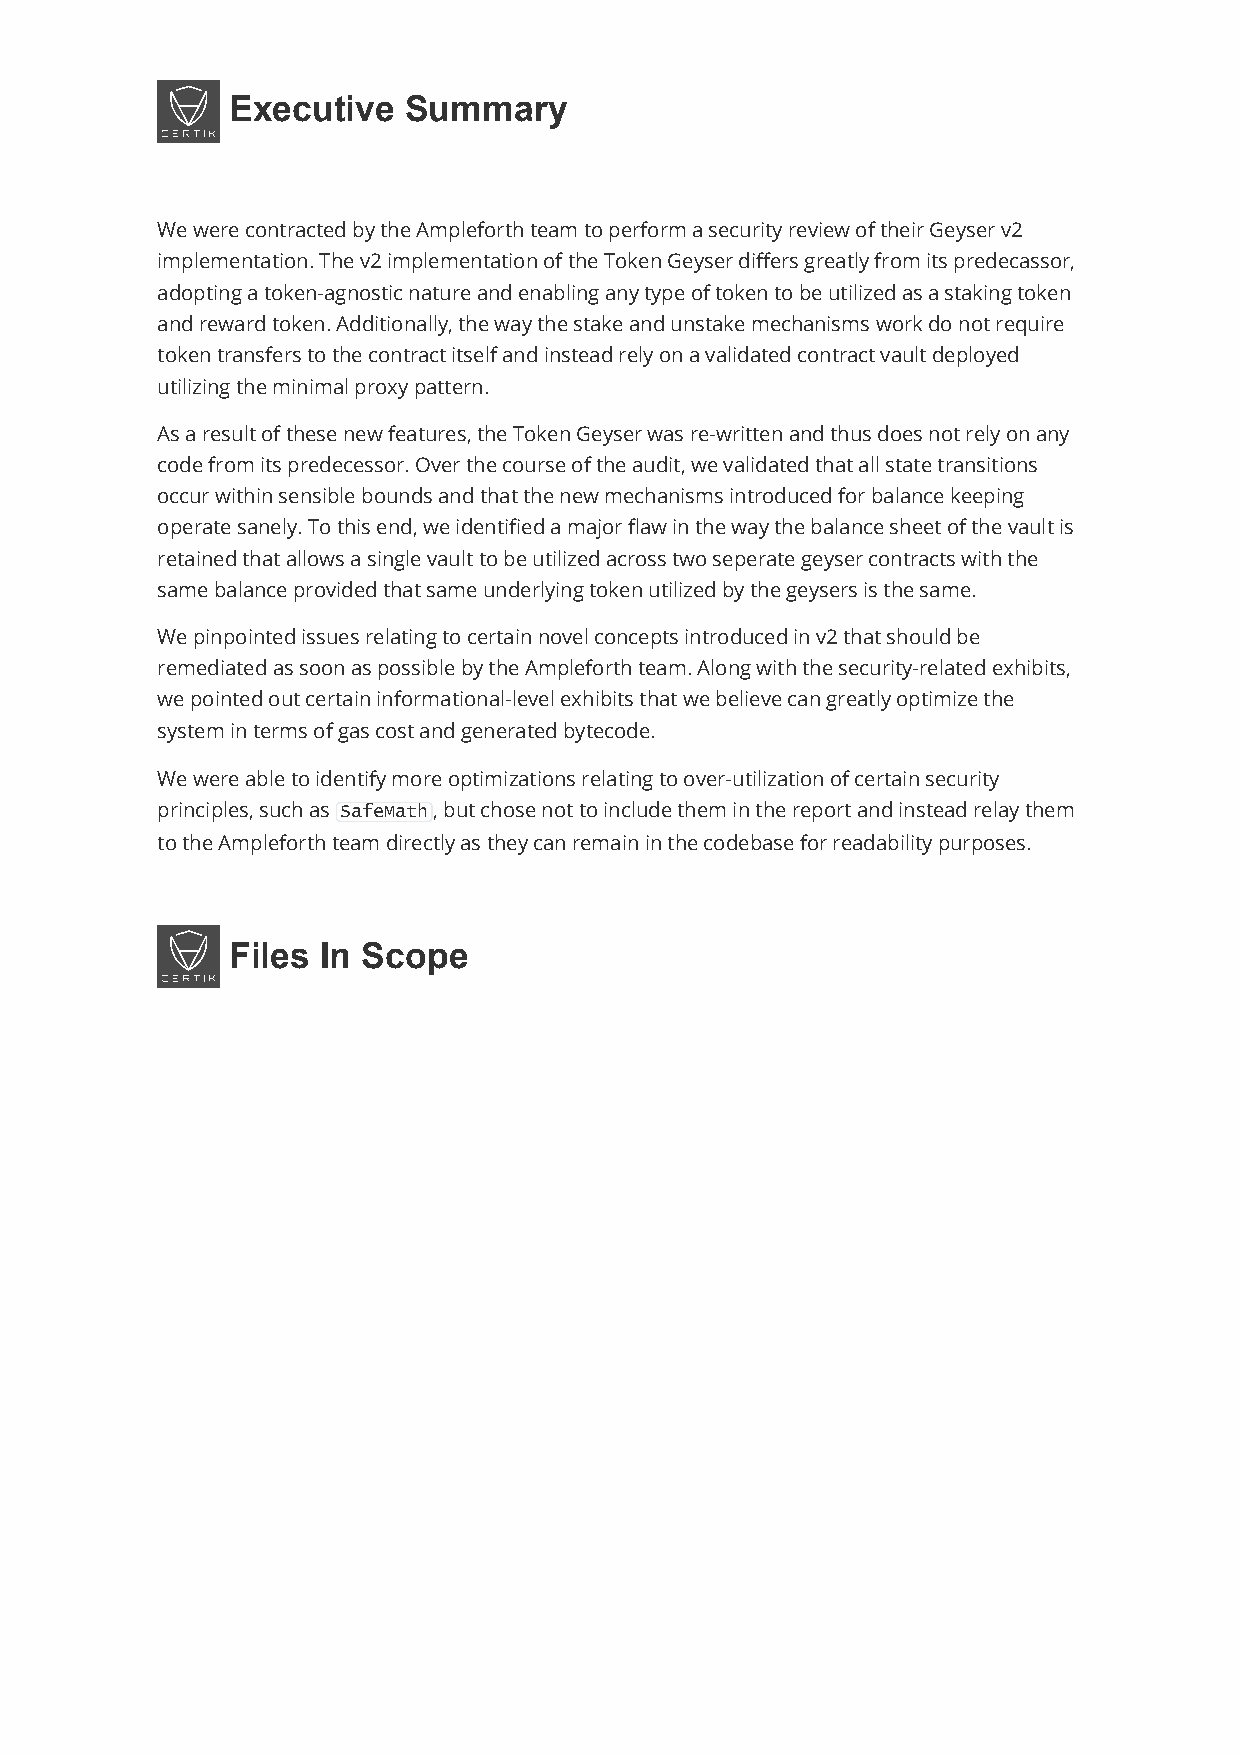
Executive   Summary
 We were contracted by the Ampleforth team to perform a security review of their Geyser v2
 implementation. The v2 implementation of the Token Geyser differs greatly from its predecassor,
 adopting a token-agnostic nature and enabling any type of token to be utilized as a staking token
 and reward token. Additionally, the way the stake and unstake mechanisms work do not require
 token transfers to the contract itself and instead rely on a validated contract vault deployed
 utilizing the minimal proxy pattern.
 As a result of these new features, the Token Geyser was re-written and thus does not rely on any
 code from its predecessor. Over the course of the audit, we validated that all state transitions
 occur within sensible bounds and that the new mechanisms introduced for balance keeping
 operate sanely. To this end, we identified a major flaw in the way the balance sheet of the vault is
 retained that allows a single vault to be utilized across two seperate geyser contracts with the
 same balance provided that same underlying token utilized by the geysers is the same.
 We pinpointed issues relating to certain novel concepts introduced in v2 that should be
 remediated as soon as possible by the Ampleforth team. Along with the security-related exhibits,
 we pointed out certain informational-level exhibits that we believe can greatly optimize the
 system in terms of gas cost and generated bytecode.
 We were able to identify more optimizations relating to over-utilization of certain security
 principles, such as SafeMath, but chose not to include them in the report and instead relay them
 to the Ampleforth team directly as they can remain in the codebase for readability purposes.
 Files In Scope